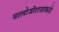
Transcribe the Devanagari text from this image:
मालोजीराजांकडे